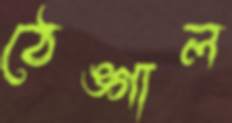
ঠেঙ্গাল